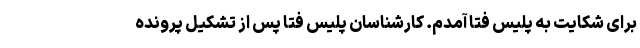
برای شکایت به پلیس فتا آمدم. کارشناسان پلیس فتا پس از تشکیل پرونده